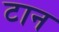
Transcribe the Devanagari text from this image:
टान